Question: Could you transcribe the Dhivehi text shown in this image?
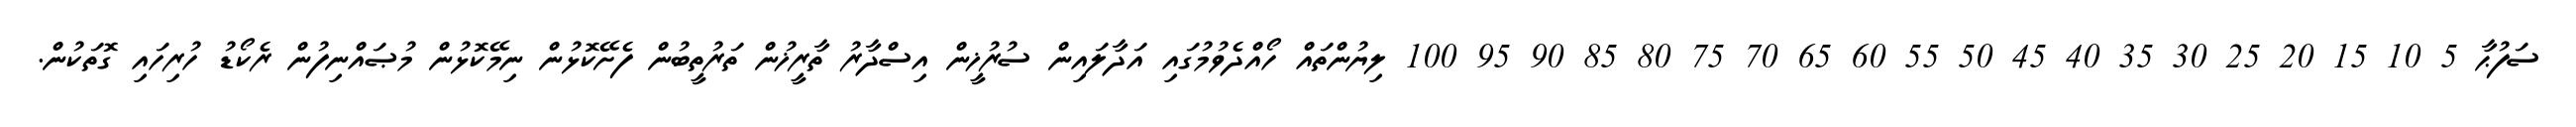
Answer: ސަފުޙާ 5 10 15 20 25 30 35 40 45 50 55 60 65 70 75 80 85 90 95 100 ލިޔުންތައް ހޯއްދެވުމުގައި އަދާލައިން ސުރުޚީން އިސްދާރު ތާރީޚުން ތަރުތީބުން ފެށޭކޮޅުން ނިމޭކޮޅުން މުޞައްނިފުން ރެކޯޑު ހުރިހައި ގޮތަކުން.